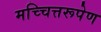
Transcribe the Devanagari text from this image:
मच्चित्तरूपेण